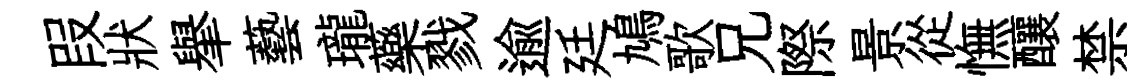
叚狀𦦙藝瓏藥戮逾廷鳩歌兄際景從憮釀禁